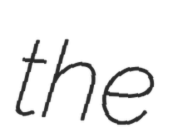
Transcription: the